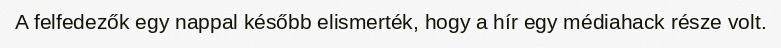
A felfedezők egy nappal később elismerték, hogy a hír egy médiahack része volt.